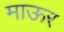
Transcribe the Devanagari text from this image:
माऊर